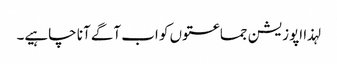
لہذا اپوزیشن جماعتوں کو اب آگے آنا چاہیے۔